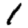
Digit: 1